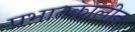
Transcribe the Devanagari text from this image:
प्रभातकालीन